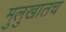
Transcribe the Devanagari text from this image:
मुलुखातच